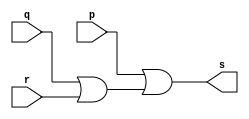
// -------------------------
// Exercicio0005 - OR
// Nome: Pedro Henrique Alves M. de Carvalho
// -------------------------

// -------------------------
// -- or gate
// -------------------------
module orgate (output s, input p, input q, input r);
 assign s = p | (q | r);
endmodule // fim do orgate

// -------------------------
// -- ex or gate
// -------------------------
module exorgate;
// ------------------------- dados locais
	reg a, b, c;	// definir registrador
	wire s;	// definir conexao (fio)
// ------------------------- instancia
 orgate OR1 (s, a, b, c);
// ------------------------- preparacao
 initial begin:start
	a=0; b=0; c=0;
 end
 
// ------------------------- parte principal
 initial begin:main
	$display("Exerccio 0005 - Pedro Henrique A. M. de Carvalho - 427452");
	$display("Ex OR gate");
	$display("\n ( a | ( b | c )) = s\n");
 	
	a=0; b=0; c= 0;
 #1 $display(" %b | ( %b | %b ) = %b", a, b, c, s);
	a=0; b=0; c= 1;
 #1 $display(" %b | ( %b | %b ) = %b", a, b, c, s);
	a=0; b=1; c= 0;
 #1 $display(" %b | ( %b | %b ) = %b", a, b, c, s);
	a=0; b=1; c= 1;
 #1 $display(" %b | ( %b | %b ) = %b", a, b, c, s);
 	a=1; b=0; c= 0;
 #1 $display(" %b | ( %b | %b ) = %b", a, b, c, s);
	a=1; b=0; c= 1;
 #1 $display(" %b | ( %b | %b ) = %b", a, b, c, s);
	a=1; b=1; c= 0;
 #1 $display(" %b | ( %b | %b ) = %b", a, b, c, s);
	a=1; b=1; c= 1;
 #1 $display(" %b | ( %b | %b ) = %b", a, b, c, s);
 end

endmodule